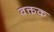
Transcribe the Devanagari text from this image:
वक्तक